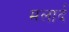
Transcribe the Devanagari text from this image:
मलार्द